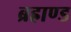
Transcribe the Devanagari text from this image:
ब्रह्राण्ड